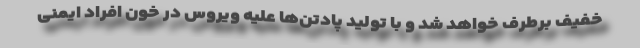
خفیف برطرف خواهد شد و با تولید پادتن‌ها علیه ویروس در خون افراد ایمنی